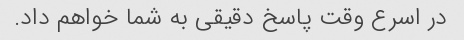
در اسرع وقت پاسخ دقیقی به شما خواهم داد.